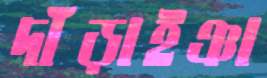
দাঁড়াইঞা